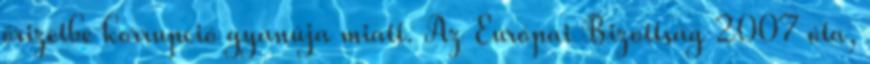
őrizetbe korrupció gyanúja miatt. Az Európai Bizottság 2007 óta,